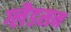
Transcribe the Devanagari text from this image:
ग्लैडसन